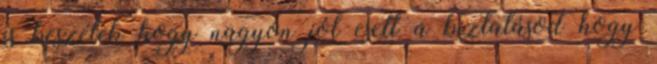
is beszélek hogy nagyon jól esett a biztatásod hogy